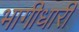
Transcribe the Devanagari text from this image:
भागीधारी